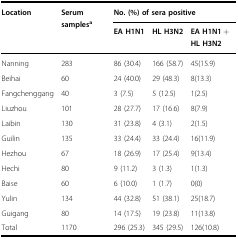
<table><thead><tr><td rowspan="2"><b>Location</b></td><td rowspan="2"><b>Serum samples<sup>a</sup></b></td><td colspan="3"><b>No. (%) of sera positive</b></td></tr><tr><td><b>EA H1N1</b></td><td><b>HL H3N2</b></td><td><b>EA H1N1 + HL H3N2</b></td></tr></thead><tbody><tr><td>Nanning</td><td>283</td><td>86 (30.4)</td><td>166 (58.7)</td><td>45(15.9)</td></tr><tr><td>Beihai</td><td>60</td><td>24 (40.0)</td><td>29 (48.3)</td><td>8(13.3)</td></tr><tr><td>Fangchenggang</td><td>40</td><td>3 (7.5)</td><td>5 (12.5)</td><td>1(2.5)</td></tr><tr><td>Liuzhou</td><td>101</td><td>28 (27.7)</td><td>17 (16.6)</td><td>8(7.9)</td></tr><tr><td>Laibin</td><td>130</td><td>31 (23.8)</td><td>4 (3.1)</td><td>2(1.5)</td></tr><tr><td>Guilin</td><td>135</td><td>33 (24.4)</td><td>33 (24.4)</td><td>16(11.9)</td></tr><tr><td>Hezhou</td><td>67</td><td>18 (26.9)</td><td>17 (25.4)</td><td>9(13.4)</td></tr><tr><td>Hechi</td><td>80</td><td>9 (11.2)</td><td>3 (1.3)</td><td>1(1.3)</td></tr><tr><td>Baise</td><td>60</td><td>6 (10.0)</td><td>1 (1.7)</td><td>0(0)</td></tr><tr><td>Yulin</td><td>134</td><td>44 (32.8)</td><td>51 (38.1)</td><td>25(18.7)</td></tr><tr><td>Guigang</td><td>80</td><td>14 (17.5)</td><td>19 (23.8)</td><td>11(13.8)</td></tr><tr><td>Total</td><td>1170</td><td>296 (25.3)</td><td>345 (29.5)</td><td>126(10.8)</td></tr></tbody></table>